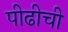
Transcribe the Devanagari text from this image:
पीढीची